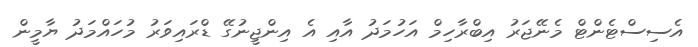
އެސިސްޓެންޓް މެނޭޖަރު އިބްރާހިމް އަހުމަދު އާއި އެ އިންޖީނުގޭ ޑްރައިވަރު މުހައްމަދު ޔާމީން